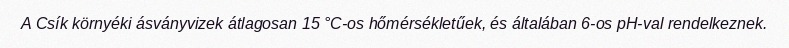
A Csík környéki ásványvizek átlagosan 15 °C-os hőmérsékletűek, és általában 6-os pH-val rendelkeznek.